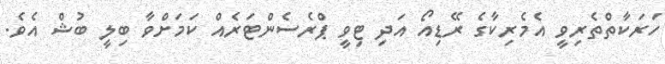
ހަރަކާތްތެރިވީ އެމެރިކާގެ ރޭޑިއޯ އަދި ޓިވީ ޕްރެސެންޓަރެއް ކަމަށްވާ ބިލީ ބުޝް އެވެ.